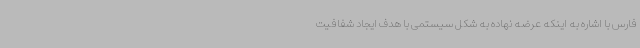
فارس با اشاره به اینکه عرضه نهاده به شکل سیستمی با هدف ایجاد شفافیت